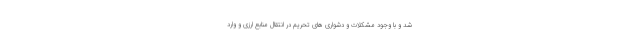
شد و با وجود مشکلات و دشواری های تحریم در انتقال منابع ارزی و وارد